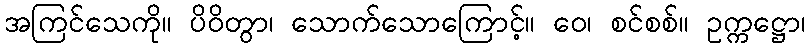
အကြင်သေကို။ ပိဝိတွာ၊ သောက်သောကြောင့်။ ဝေ၊ စင်စစ်။ ဥက္ကဋ္ဌော၊